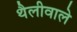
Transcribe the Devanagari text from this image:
थैलीवाले